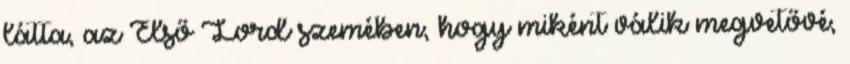
látta, az Első Lord szemében, hogy miként válik megvetővé,